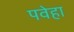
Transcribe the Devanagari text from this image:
पवेहा